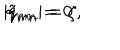
| q _ { n m } | = \zeta , \hspace { 5 m m } \tilde { q } _ { m n } = 0